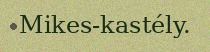
Mikes-kastély.